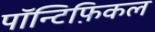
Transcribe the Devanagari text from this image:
पॉन्टिफ़िकल